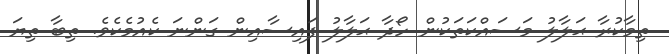
ތިމާކުރާ ޙަލާލު މަސައްކަތަކުން ހޯދާ ޙަލާލު ފައިސާއިން ގަންނަ ކެއުމެކެވެ. ތިބާ ތިޔަ